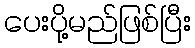
ပေးပို့မည်ဖြစ်ပြီး